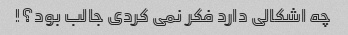
چه اشکالی دارد فکر نمی کردی جالب بود؟!